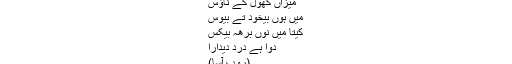
میزاں کھول کے ناؤس
میں ہوں بیخود تے بیوس
کیتا میں نوں برھہ بیکس
دوا ہے درد دیدارا
(روپ آسا)